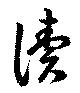
讀